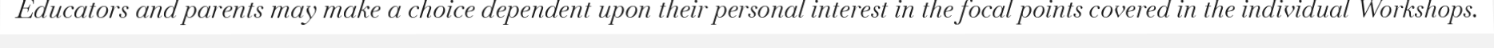
Educators and parents may make a choice dependent upon their personal interest in the focal points covered in the individual Workshops.